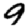
Digit: 9